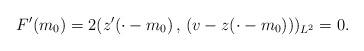
LaTeX: \begin{align*}F'(m_0)=2(z'(\cdot-m_0)\,,\, ({v}-z(\cdot-m_0)))_{L^2}=0.\end{align*}